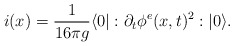
\begin{align*}i(x)=\frac{1}{16 \pi g} \langle 0| :\partial_t \phi^e (x,t)^2:|0\rangle .\end{align*}